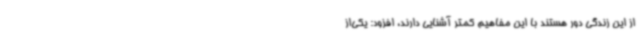
از این زندگی دور هستند با این مفاهیم کمتر آشنایی دارند، افزود: یکی‌از